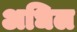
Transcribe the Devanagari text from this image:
अधिल